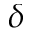
\delta